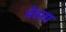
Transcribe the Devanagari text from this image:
मेस्ता